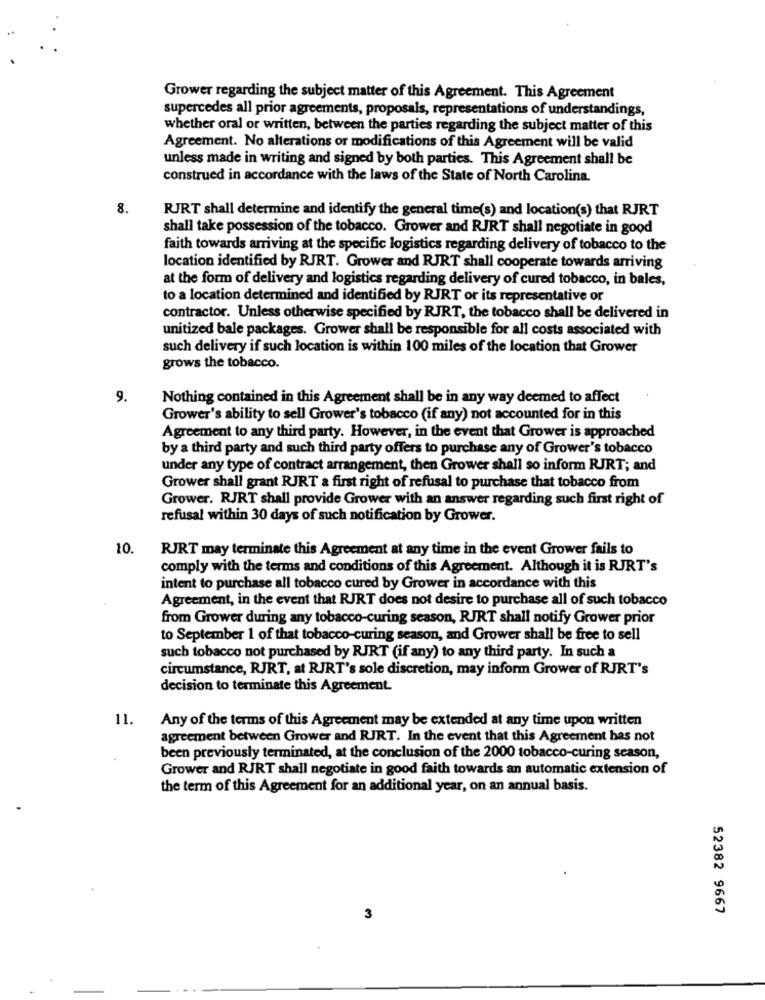
Grower regarding the subject matter of this Agreement. This Agreement
supercedes all prior agreements, proposals, representations of understandings,
whether oral or written, between the parties regarding the subject matter of this
Agreement. No alterations or modifications of this Agreement will be valid
unless made in writing and signed by both parties. This Agreement shall be
construed in accordance with the laws of the State of North Carolina.
8.
RJRT shall determine and identify the general time(s) and location(s) that RJRT
shall take possession of the tobacco. Grower and RJRT shall negotiate in good
faith towards arriving at the specific logistics regarding delivery of tobacco to the
location identified by RJRT. Grower and RJRT shall cooperate towards arriving
at the form of delivery and logistics regarding delivery of cured tobacco, in bales,
to a location determined and identified by RJRT or its representative or
contractor. Unless otherwise specified by RJRT, the tobacco shall be delivered in
unitized bale packages. Grower shall be responsible for all costs associated with
such delivery if such location is within 100 miles of the location that Grower
grows the tobacco.
9.
Nothing contained in this Agreement shall be in any way deemed to affect
Grower's ability to sell Grower's tobacco (if any) not accounted for in this
Agreement to any third party. However, in the event that Grower is approached
by a third party and such third party offers to purchase any of Grower's tobacco
under any type of contract arrangement, then Grower shall so inform RJRT; and
Grower shall grant RJRT a first right of refusal to purchase that tobacco from
Grower. RJRT shall provide Grower with an answer regarding such first right of
refusal within 30 days of such notification by Grower.
10.
RJRT may terminate this Agreement at any time in the event Grower fails to
comply with the terms and conditions of this Agreement. Although it is RJRT's
intent to purchase all tobacco cured by Grower in accordance with this
Agreement, in the event that RJRT does not desire to purchase all of such tobacco
from Grower during any tobacco-curing season, RJRT shall notify Grower prior
to September 1 of that tobacco-curing season, and Grower shall be free to sell
such tobacco not purchased by RJRT (if any) to any third party. In such a
circumstance, RJRT, at RJRT's sole discretion, may inform Grower of RJRT's
decision to terminate this Agreement.
11.
Any of the terms of this Agreement may be extended at any time upon written
agreement between Grower and RJRT. In the event that this Agreement has not
been previously terminated, at the conclusion of the 2000 tobacco-curing season,
Grower and RJRT shall negotiate in good faith towards an automatic extension of
the term of this Agreement for an additional year, on an annual basis.
52382 9667
3